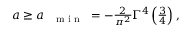
\begin{array} { r } { a \ge a _ { \mathrm { ~ { ~ \scriptsize ~ m ~ i ~ n ~ } ~ } } = - \frac { 2 } { \pi ^ { 2 } } \Gamma ^ { 4 } \left( \frac { 3 } { 4 } \right) , } \end{array}